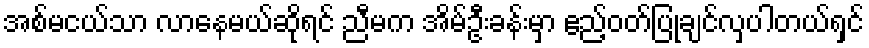
အစ်မငယ်သာ လာနေမယ်ဆိုရင် ညီမက အိမ်ဦးခန်းမှာ ဧည့်ဝတ်ပြုချင်လှပါတယ်ရှင်